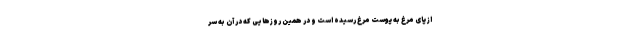
از پای مرغ به پوست مرغ رسیده است و در همین روزهایی که در آن به سر